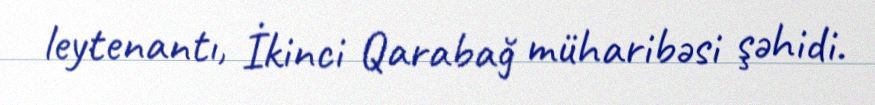
leytenantı, İkinci Qarabağ müharibəsi şəhidi.